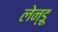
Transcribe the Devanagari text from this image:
लेन्डू